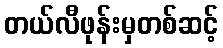
တယ်လီဖုန်းမှတစ်ဆင့်